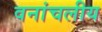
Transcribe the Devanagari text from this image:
वनांचलीय